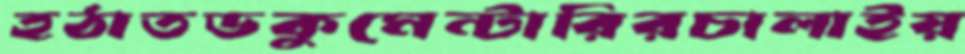
হঠাতডকুমেন্টারিরচালাইয়